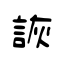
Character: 詼